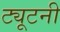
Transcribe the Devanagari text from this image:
ट्यूटनी